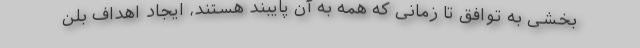
بخشی به توافق تا زمانی که همه به آن پایبند هستند، ایجاد اهداف بلن